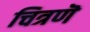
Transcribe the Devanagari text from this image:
चित्रणॆ